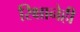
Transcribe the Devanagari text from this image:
रिक्षानेही